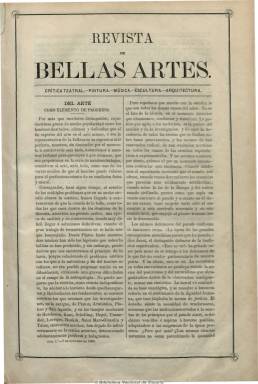
Título: Revista de bellas artes (Madrid. 1866)
Otros títulos: Revista de bellas artes y arqueología
Colección: Historia || Arte
Ámbito geográfico: Madrid
Lugar de publicación: Madrid
Fechas: 07/10/1866-22/09/1867

Con el subtítulo de “crítica teatral, pintura, música, escultura, arquitectura”, es un semanario de ocho páginas por número, cuyo editor responsable es Cristino del Castillo y su director, el periodista Francisco María Tubino (1833-1888), que después llegará a ser miembro de la Real Academia de Bellas Artes de San Fernando. Se trata de una publicación con unos textos de gran calidad, que incluye artículos sobre música, teatro, enseñanzas artísticas, arquitectura, arqueología, arte, etc., y que ofrece información sobre la citada academia, así como de la temporada de los teatros madrileños. También cuenta con las secciones Crónica general (con noticias varias) y Revista musical. Asimismo publica biografías, composiciones en verso, e informaciones sobre exposiciones, certámenes y de las academias de bellas artes, museos arqueológicos y bibliotecas y archivos provinciales. Los 51 números de su año de publicación forman un tomo con un índice al final. Es continuada por Revista de bellas artes e histórico-arqueológica (1867-1868), con el fin de especializarse en estos estudios.